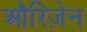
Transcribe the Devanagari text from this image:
औरिज़ेन